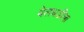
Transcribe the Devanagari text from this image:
बेलधडीला